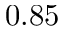
0 . 8 5